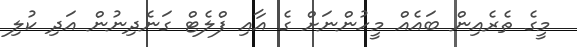
މީގެ ތެެރެއިން ބައެއް މީހުންނަށް ގެ އާއި ފްލެޓް ގަނެދިނުން އަދި ކުލި